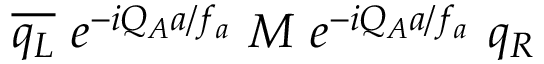
\overline { { { q _ { L } } } } ~ e ^ { - i Q _ { A } a / f _ { a } } ~ M ~ e ^ { - i Q _ { A } a / f _ { a } } ~ q _ { R }